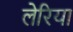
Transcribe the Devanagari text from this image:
लेरिया